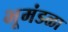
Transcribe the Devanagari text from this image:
भूमंडळा